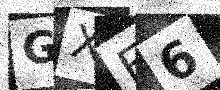
Text: GXF6